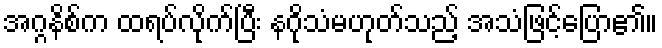
အဂ္ဂနိစ်က ထရပ်လိုက်ပြီး နဂိုသံမဟုတ်သည့် အသံဖြင့်ပြော၏။